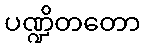
ပဏ္ဍိတတော